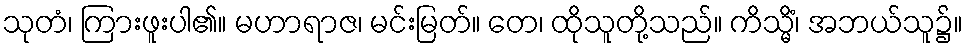
သုတံ၊ ကြားဖူးပါ၏။ မဟာရာဇ၊ မင်းမြတ်။ တေ၊ ထိုသူတို့သည်။ ကိသ္မိံ၊ အဘယ်သူ၌။